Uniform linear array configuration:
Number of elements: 12
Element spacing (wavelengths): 1
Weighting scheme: cosine
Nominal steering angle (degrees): -45
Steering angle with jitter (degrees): -43.844
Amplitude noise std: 0.05
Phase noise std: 0.05

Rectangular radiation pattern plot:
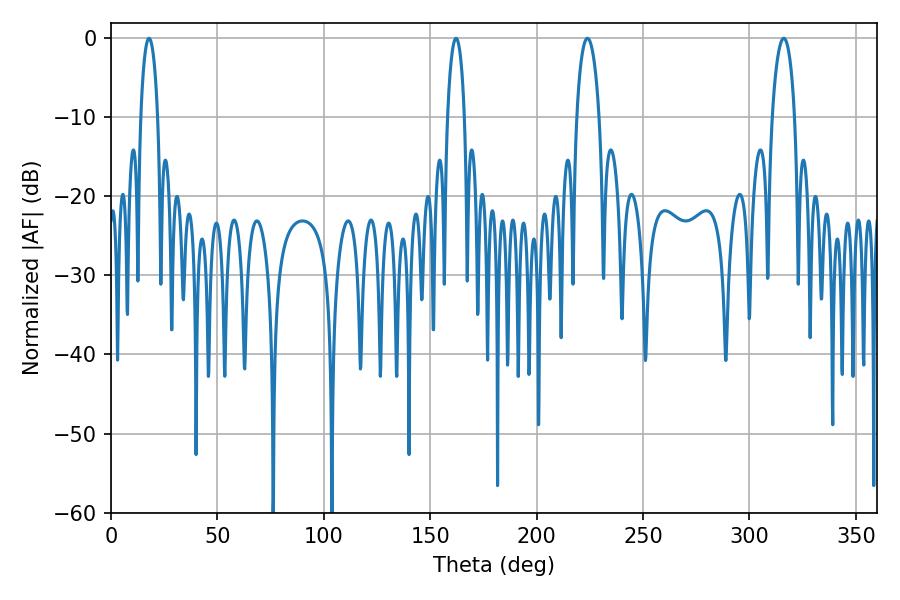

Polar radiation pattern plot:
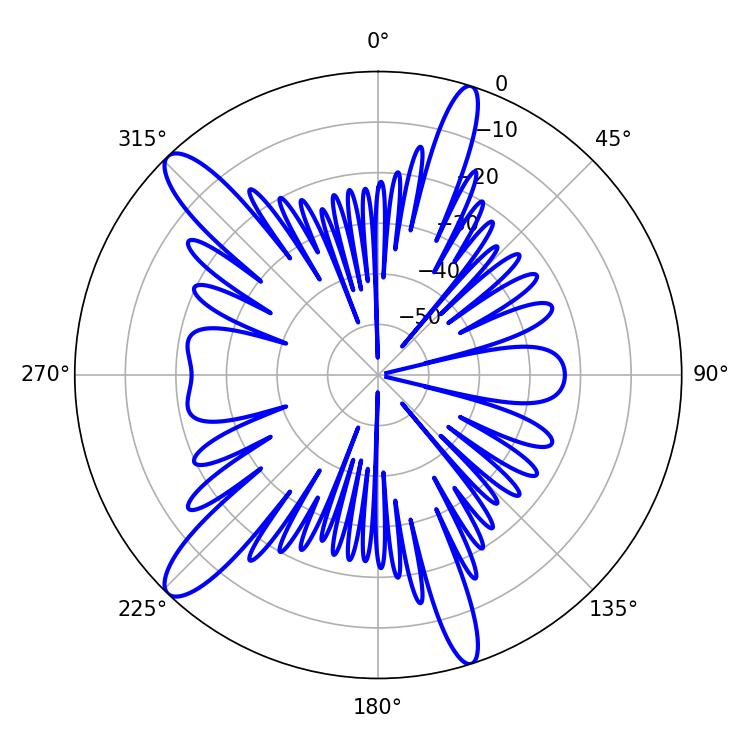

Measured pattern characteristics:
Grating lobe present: TRUE
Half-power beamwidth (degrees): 6.12
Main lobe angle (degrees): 223.92